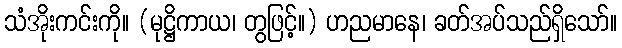
သံအိုးကင်းကို။ (မုဋ္ဌိကာယ၊ တွဖြင့်။) ဟညမာနေ၊ ခတ်အပ်သည်ရှိသော်။